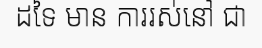
ដទៃ មាន ការរស់នៅ ជា